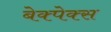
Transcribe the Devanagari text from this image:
बेक्पेक्स